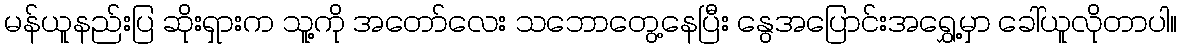
မန်ယူနည်းပြ ဆိုးရှားက သူ့ကို အတော်လေး သဘောတွေ့နေပြီး နွေအပြောင်းအရွှေ့မှာ ခေါ်ယူလိုတာပါ။